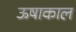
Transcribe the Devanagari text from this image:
ऊषाकाल